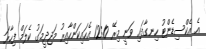
އެ އެކްސިޑެންޓު ހިނގާފައި ވަނީ މިރޭ 12:10 އެހައިކަންހާއިރު މަޖިދީމަގު ކެލަމް ފިހާރަ